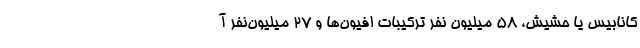
کانابیس یا حشیش، ۵۸ میلیون نفر ترکیبات افیون‌ها و ۲۷ میلیون‌نفر آ